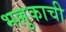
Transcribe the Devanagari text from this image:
भल्लुकाची